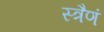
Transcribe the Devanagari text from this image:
स्त्रैणं